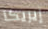
إيريكا